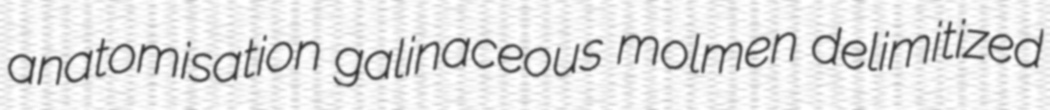
anatomisation galinaceous molmen delimitized